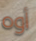
أوه